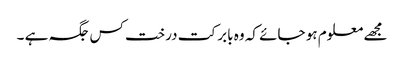
مجھے معلوم ہو جائے کہ وہ بابر کت درخت کس جگہ ہے ۔